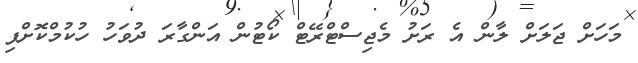
މަހަށް ޖަލަށް ލާން އެ ރަށު މެޖިސްޓްރޭޓް ކޯޓުން އަންގާރަ ދުވަހު ހުކުމްކޮށްފި